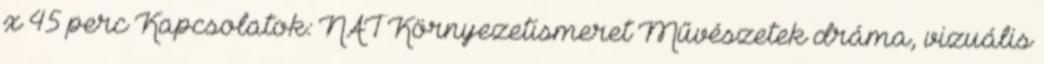
x 45 perc Kapcsolatok: NAT Környezetismeret Művészetek dráma, vizuális